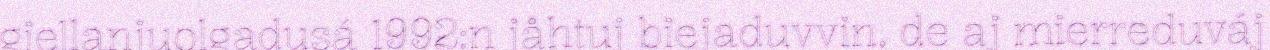
giellanjuolgadusá 1992:n jåhtuj biejaduvvin, de aj mierreduváj